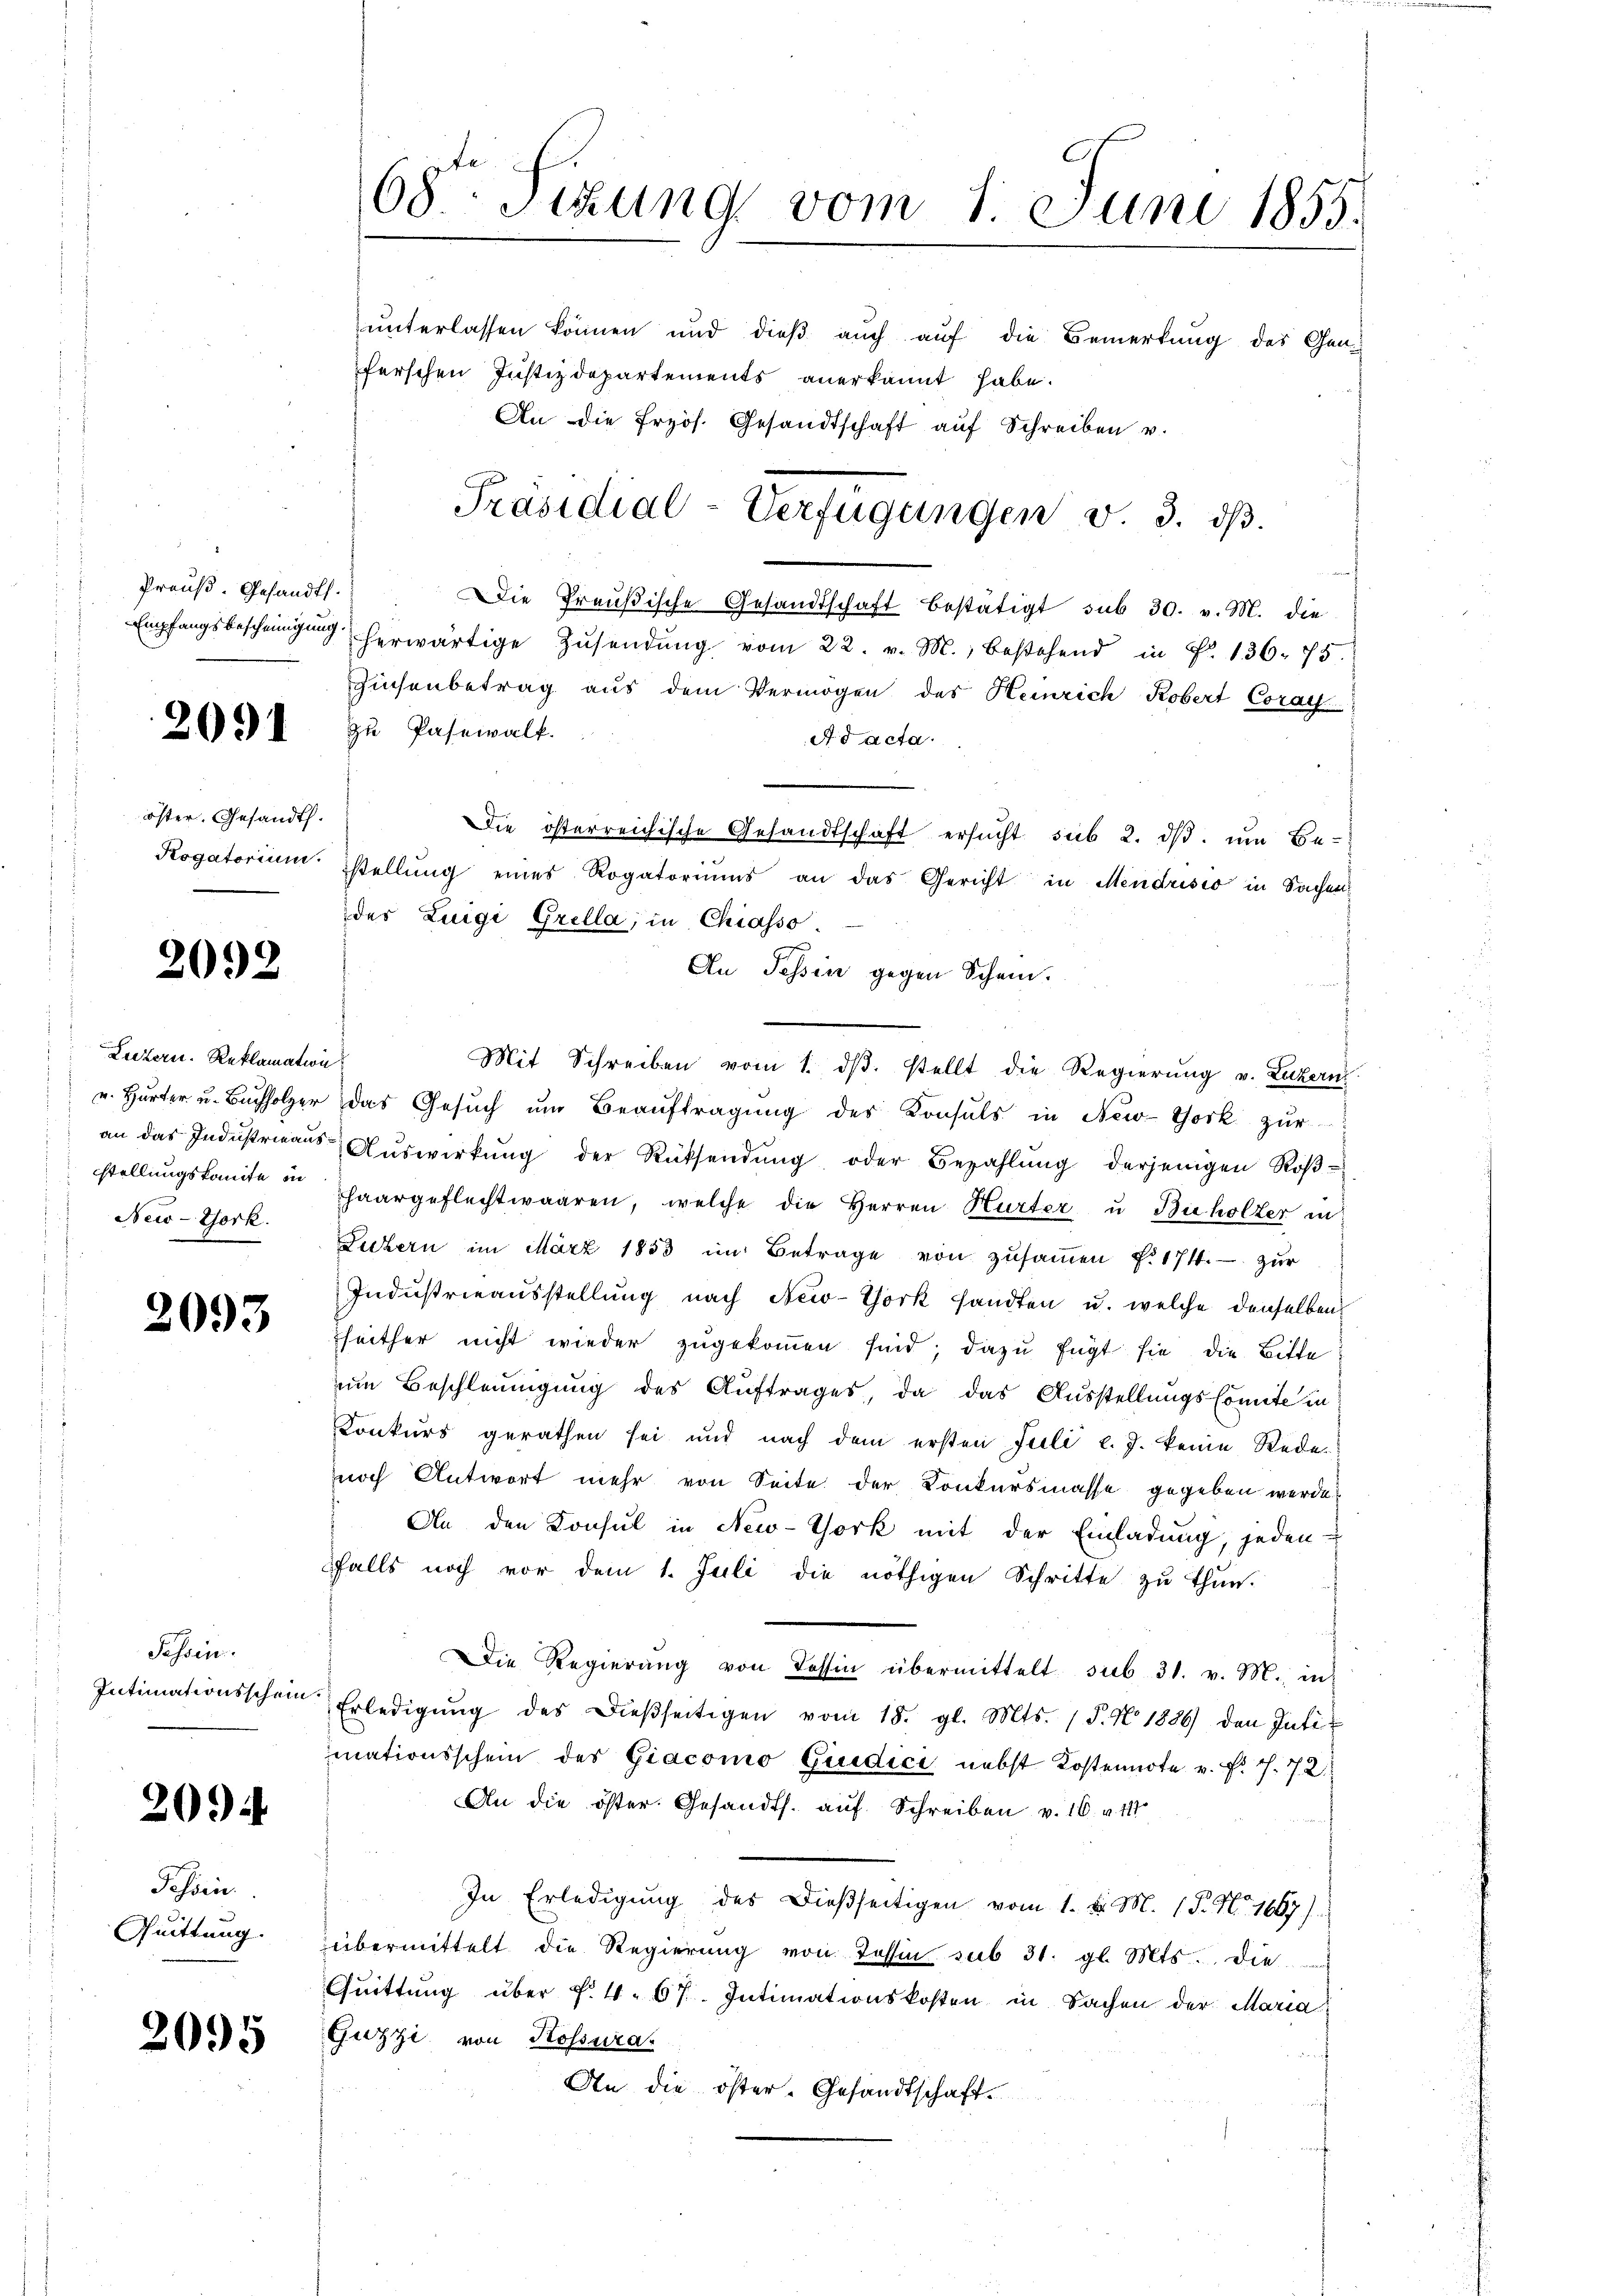
Preuß. Gesandts

2091

öster. Gesandt.

2092

Luzern. Reklamation
stellungskomite in
New-York

2093

Tessin.
Intimationsschein

2094

Tessin.
Quittung.

2095

68ten Sizung vom 1. Juni 1855.

unterlassen können und dieß auch auf die Bemerkung des Gen
ferschen Justizdepartements anerkannt habe.
An die frzös. Gesandtschaft auf Schreiben v.
Die Preußische Gesandtschaft bestätigt sub 30. v. M. die
Empfangsbescheinigung herwärtige Zŭsendŭng vom 22. v. M., bestehend in Fr. 136. 75.
Zinsenbetrag aus dem Vermögen des Heinrich Robert Coray
zu Pasewalk.
Ad acta.
Die österreichische Gesandtschaft ersucht sub 2. dβ. um Be-
Rogatorium stellŭng eines Rogatoriŭms an das Gericht in Mendrisio in Sachen
des Luigi Grella, in Chiasso,
An Tessin gegen Schein.
Mit Schreiben vom 1. dβ. stellt die Regierŭng v. Luzern
u. Herter u. Bŭchholzer das Gesŭch ŭm Beaŭftragŭng der Konsuls in New-York zŭr
an das Indŭstrieaŭs Aŭswirkŭng der Rücksendŭng oder Bezahlŭng derjenigen Roβ-
haargeflechtwaaren, welche die Herren Hurter u. Bicholter in
Luzern im März 1853 im Betrage von zusammen f. 174. zur
Industrieausstellung nach New-York sandten u. welche denselben
heither nicht wieder zugekommen sind; dazu fügt sie die Bitte
um Beschleunigung des Auftrages, da das Ausstellungskomite in
Konkurs gerathen sei und nach dem ersten Juli l. J. keine Rede
noch Antwort mehr von Seite der Konkursmasse gegeben werde
An den Konsul in New-York mit der Einladung, jeden
falls noch vor dem 1. Juli die nöthigen Schritte zu thun.
Die Regierung von Tessin übermittelt sub 31. v. M. in
Erledigŭng des dieβseitigen vom 18. gl. Mts. (T. No. 1886) den Intimationsschein des Giacomo Giudici nebst Kostennote v. Fr. f. 72
An die öster. Gesandts. auf Schreiben v. 16. v. 141
In Erledigŭng des dießseitigen vom 1. d. M. P. Nr. 1667)
übermittelt die Regierŭng von Tessin sub 31. gl. Mts. die
Qŭittŭng über f. 4. 67. Intimationskosten in Sachen der Maria
Gizzi von Kossurar
An die öster- Gesandtschaft.

Präsidial-Verfügungen v. 3. dβ.